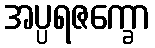
အပ္ပရဇက္ခော